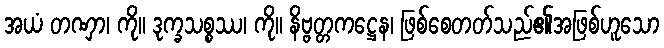
အယံ တဏှာ၊ ကို။ ဒုက္ခသစ္စဿ၊ ကို။ နိဗ္ဗတ္တကဋ္ဌေန၊ ဖြစ်စေတတ်သည်၏အဖြစ်ဟူသော